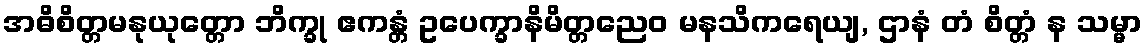
အဓိစိတ္တမနုယုတ္တော ဘိက္ခု ဧကန္တံ ဥပေက္ခာနိမိတ္တညေဝ မနသိကရေယျ, ဌာနံ တံ စိတ္တံ န သမ္မာ